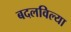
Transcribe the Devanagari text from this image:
बदलविल्या